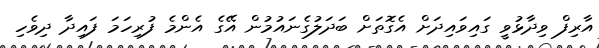
އާރިފް ވިދާޅުވީ ގައިވައިދަށް އެގޮތަށް ބަދަލުގެނައުމުން އޭގެ އެންމެ ފުރިހަމަ ފައިދާ ދިވެހި